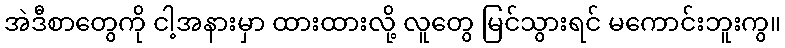
အဲဒီစာတွေကို ငါ့အနားမှာ ထားထားလို့ လူတွေ မြင်သွားရင် မကောင်းဘူးကွ။